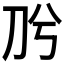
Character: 𭃈